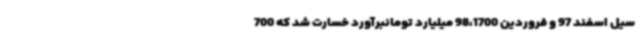
سیل اسفند 97 و فروردین 98،1700 میلیارد تومانبرآورد خسارت شد که 700